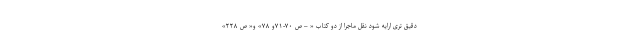
دقیق تری ارایه شود نقل ماجرا از دو کتاب « – ص ۷۰-۷۱و ۷۸» و« ص ۲۲۸»